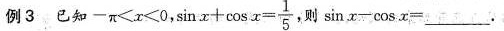
例3.已知$$- π < x < 0$$,$$\sin x + \cos x = \frac { 1 } { 5 }$$，则$$\sin x - \cos x = ___.